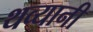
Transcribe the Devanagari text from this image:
थव्यानी